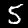
Label: 5